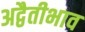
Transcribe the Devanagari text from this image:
अद्वैतीभाव